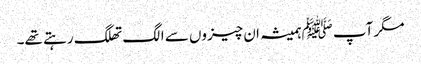
مگر آپ ﷺہمیشہ ان چیزوں سے الگ تھلگ رہتے تھے۔